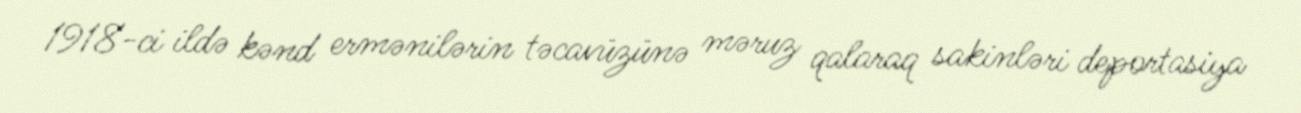
1918-ci ildə kənd ermənilərin təcavüzünə məruz qalaraq sakinləri deportasiya